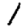
Digit: 1